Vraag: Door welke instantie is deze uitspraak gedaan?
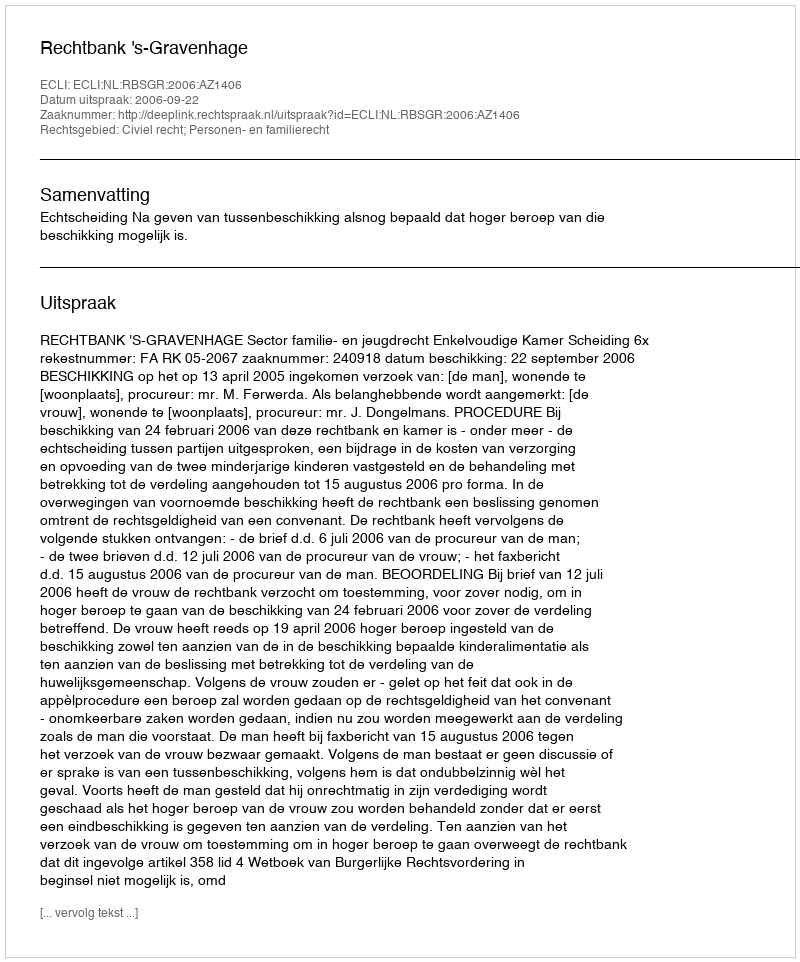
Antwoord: Rechtbank 's-Gravenhage